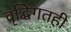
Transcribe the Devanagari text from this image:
वृद्धिंगतही